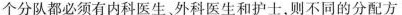
个分队都必须有内科医生、外科医生和护士，则不同的分配方